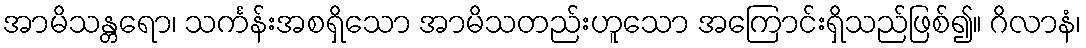
အာမိသန္တရော၊ သင်္ကန်းအစရှိသော အာမိသတည်းဟူသော အကြောင်းရှိသည်ဖြစ်၍။ ဂိလာနံ၊